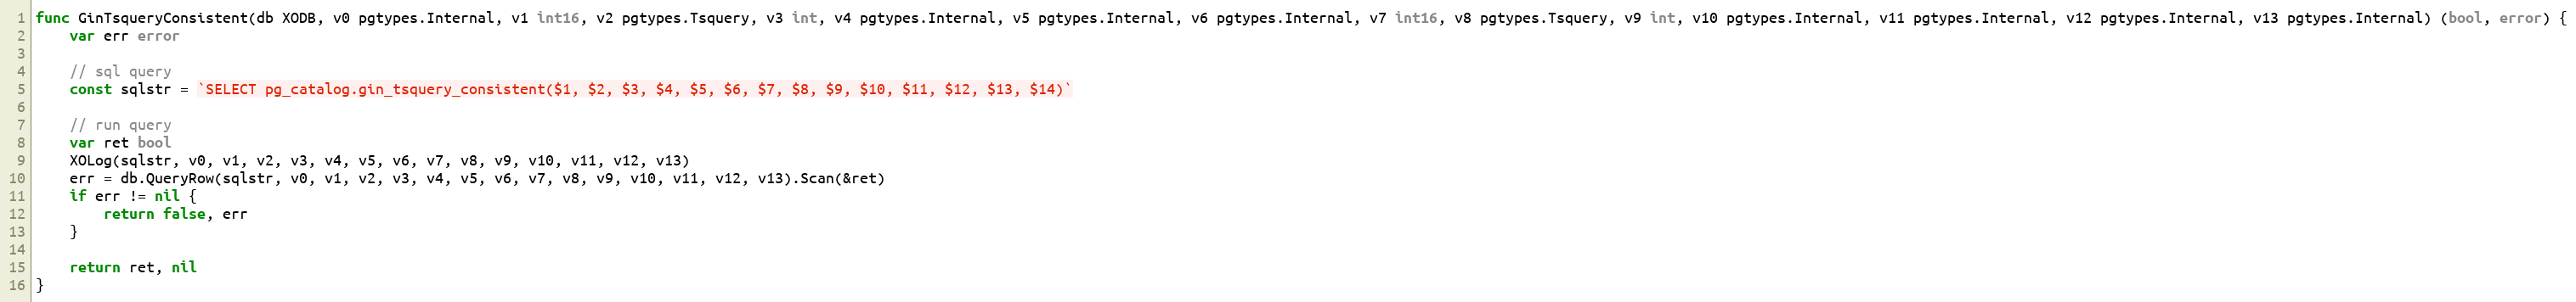
Language: Go
func GinTsqueryConsistent(db XODB, v0 pgtypes.Internal, v1 int16, v2 pgtypes.Tsquery, v3 int, v4 pgtypes.Internal, v5 pgtypes.Internal, v6 pgtypes.Internal, v7 int16, v8 pgtypes.Tsquery, v9 int, v10 pgtypes.Internal, v11 pgtypes.Internal, v12 pgtypes.Internal, v13 pgtypes.Internal) (bool, error) {
	var err error

	// sql query
	const sqlstr = `SELECT pg_catalog.gin_tsquery_consistent($1, $2, $3, $4, $5, $6, $7, $8, $9, $10, $11, $12, $13, $14)`

	// run query
	var ret bool
	XOLog(sqlstr, v0, v1, v2, v3, v4, v5, v6, v7, v8, v9, v10, v11, v12, v13)
	err = db.QueryRow(sqlstr, v0, v1, v2, v3, v4, v5, v6, v7, v8, v9, v10, v11, v12, v13).Scan(&ret)
	if err != nil {
		return false, err
	}

	return ret, nil
}